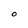
Character: O